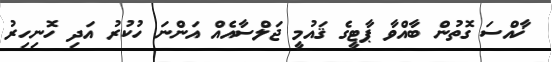
ޚާއްސަ ގޮތުން ބާއްވާ ޕާޓީގެ ޤައުމީ ޖަލްސާއެއް އަންނަ ހުކުރު އަދި ހޮނިހިރު